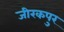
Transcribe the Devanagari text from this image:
जीरकपुर